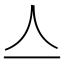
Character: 亼